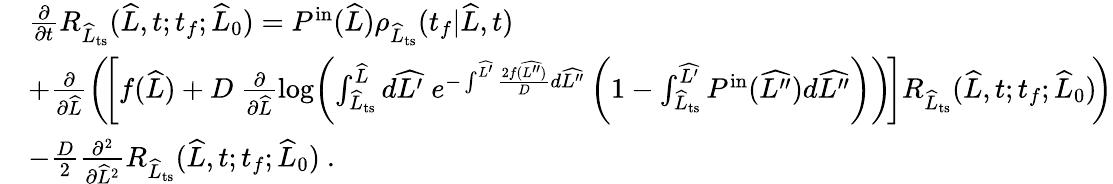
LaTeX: \begin{array}{rl}&{\frac{\partial}{\partial t}R_{\widehat{L}_{\mathrm{ts}}}(\widehat{L},t;t_{f};\widehat{L}_{0})=P^{\mathrm{in}}(\widehat{L})\rho_{\widehat{L}_{\mathrm{ts}}}(t_{f}|\widehat{L},t)}\\ &{+\frac{\partial}{\partial\widehat{L}}\left(\! \left[f(\widehat{L})+D\ \frac{\partial}{\partial\widehat{L}}\log\! \left(\int_{\widehat{L}_{\mathrm{ts}}}^{\widehat{L}}d\widehat{L^{\prime}}\; e^{-\int^{\widehat{L^{\prime}}}\frac{2f(\widehat{L^{\prime\prime}})}{D}d\widehat{L^{\prime\prime}}}\left(1-\int_{\widehat{L}_{\mathrm{ts}}}^{\widehat{L^{\prime}}}P^{\mathrm{in}}(\widehat{L^{\prime\prime}})d\widehat{L^{\prime\prime}}\right)\right)\! \right]R_{\widehat{L}_{\mathrm{ts}}}(\widehat{L},t;t_{f};\widehat{L}_{0})\! \right)}\\ &{-\frac{D}{2}\frac{\partial^{2}}{\partial\widehat{L}^{2}}R_{\widehat{L}_{\mathrm{ts}}}(\widehat{L},t;t_{f};\widehat{L}_{0})\ .}\end{array}